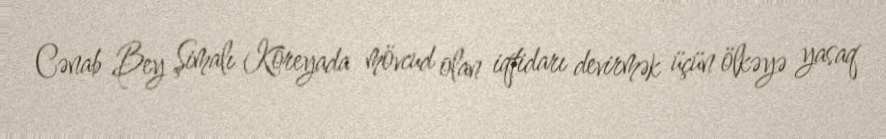
Cənab Bey Şimalı Koreyada mövcud olan iqtidarı devirmək üçün ölkəyə yasaq